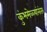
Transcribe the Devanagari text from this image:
कुंभमेळ्यांनंतर